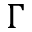
\Gamma